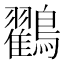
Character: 鸐